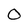
Character: 0